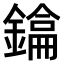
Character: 𫓂